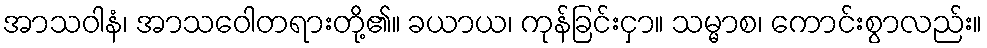
အာသဝါနံ၊ အာသဝေါတရားတို့၏။ ခယာယ၊ ကုန်ခြင်းငှာ။ သမ္မာစ၊ ကောင်းစွာလည်း။